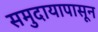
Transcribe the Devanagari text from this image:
समुदायापासून